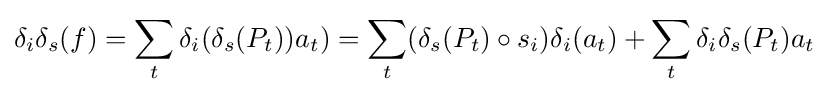
\delta _{i}\delta _{s}(f)=\sum _{t}\delta _{i}(\delta _{s}(P_{t}))a_{t})=\sum _{t}(\delta _{s}(P_{t})\circ s_{i})\delta _{i}(a_{t})+\sum _{t}\delta _{i}\delta _{s}(P_{t})a_{t}